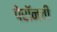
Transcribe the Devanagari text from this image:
पेरॉनची